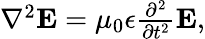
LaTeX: \begin{array}{r}{\nabla^{2}{\mathbf E}=\mu_{0}\epsilon\frac{\partial^{2}}{\partial t^{2}}{\mathbf E},}\end{array}